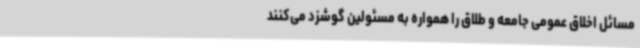
مسائل اخلاق عمومی جامعه و طلاق را همواره به مسئولین گوشزد می‌کنند